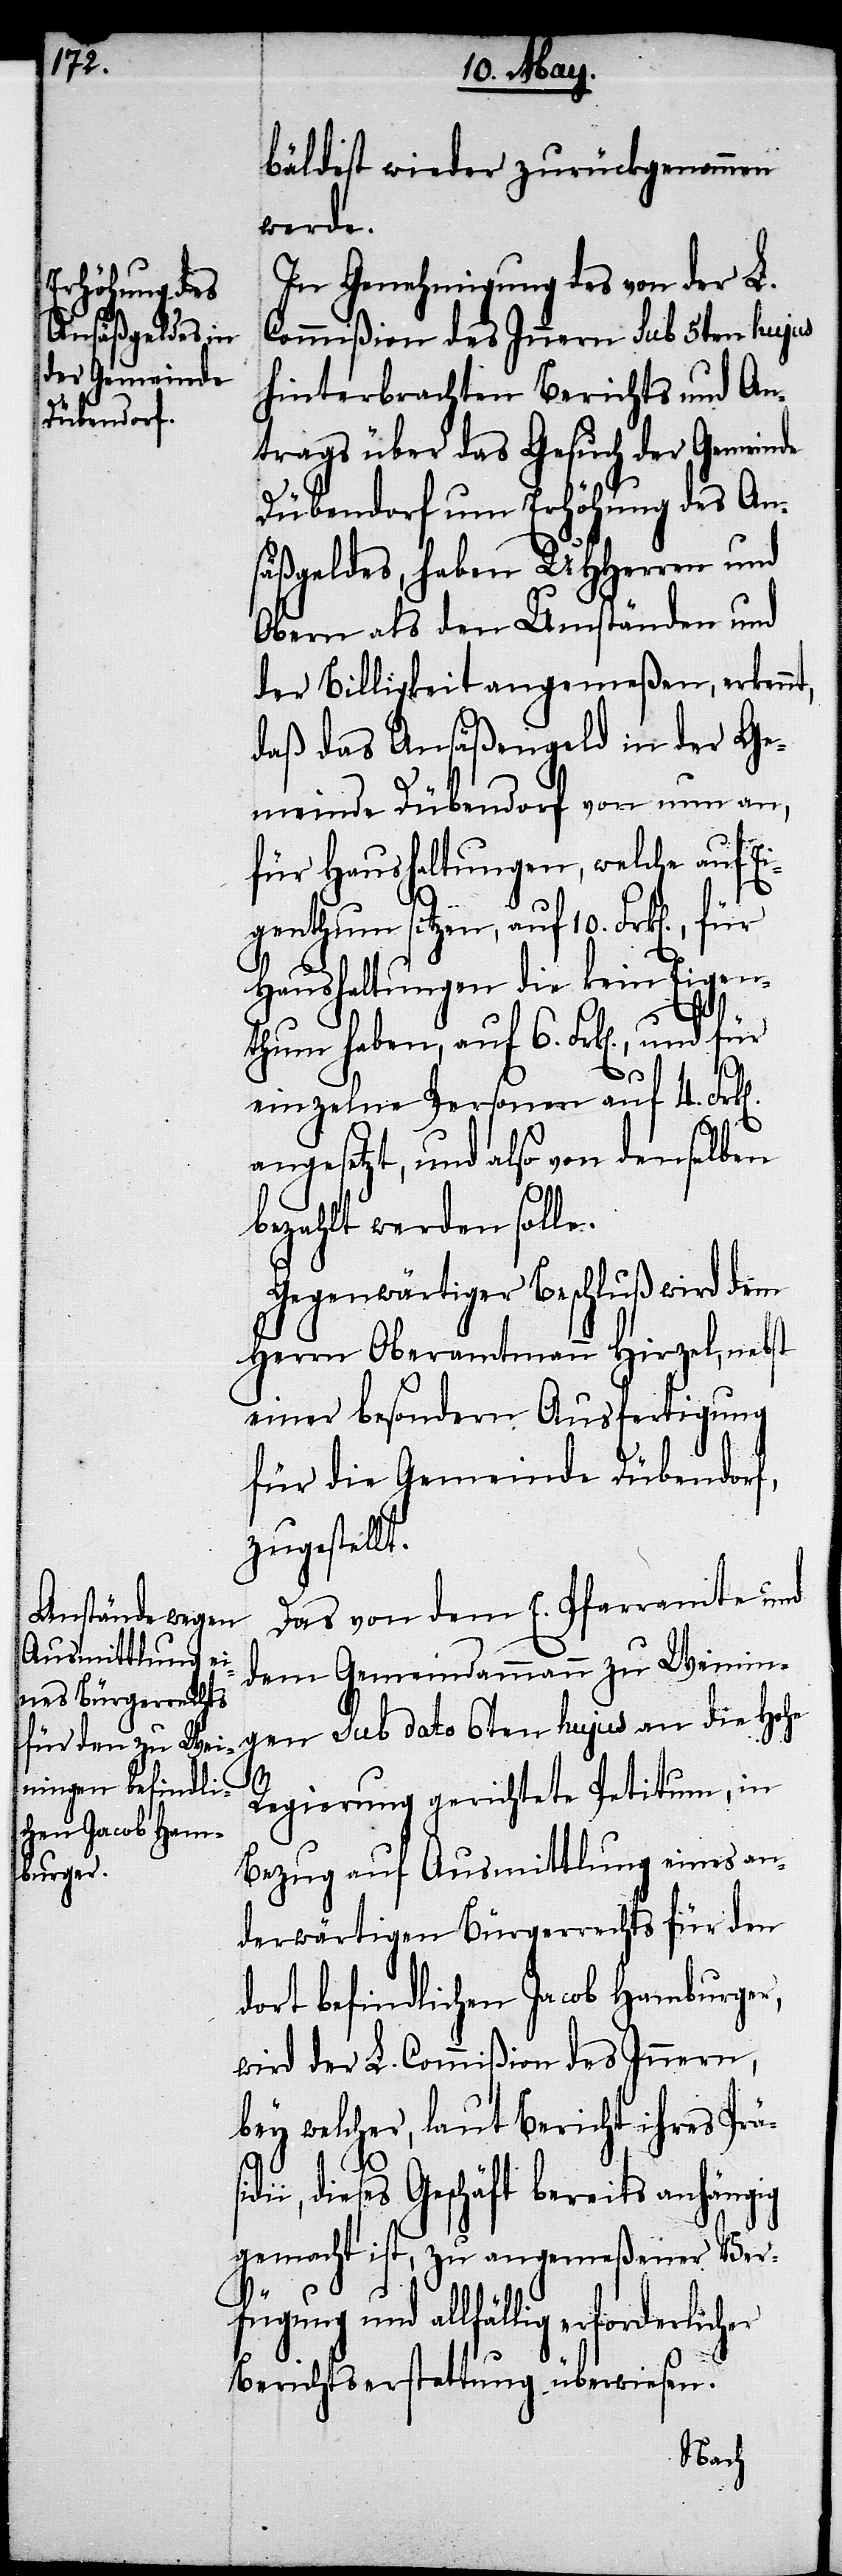
bäldest wieder zurückgenommen
werde.
In Genehmigung des von der L.
Commißion des Innern sub 5ten hujus
hinterbrachten Berichts und An¬
trags über das Gesuch der Gemeinde
Dübendorf um Erhöhung des An¬
säßgeldes, haben UHHerren und
Obern als den Umständen und
der Billigkeit angemeßen, erkenn¬
daß das Ansäßengeld in der Ge¬
meinde Dübendorf von nun an,
für Haushaltungen, welche auf Ei¬
genthum sitzen, auf 10. Frk[en].,
Haushaltungen die kein Eigen¬
thum haben, auf 6. Frk[en]., und
einzelne Personen auf 4. Frk[e¬
n].
angesetzt, und also von denselben
bezahlt werden solle.
Gegenwärtiger Beschluß wird dem
Herrn Oberamtmann Hirzel, nebst
einer besondern Ausfertigung
für die Gemeinde Dübendorf,
zugestellt.
Das von dem E. Pfarramte und
dem Gemeindammann zu Weinin¬
gen sub dato 6ten hujus an die Hohe
Regierung gerichtete Petitum, in
Bezug auf Ausmittlung eines an¬
derwärtigen Bürgerrechts für den
dort befindlichen Jacob Hamburger,
wird der L. Commißion des Innern,
bey welcher, laut Bericht ihres Prä¬
fü¬
ii, dieses Geschäft bereits anhängig
gemacht ist, zu angemeßener Ver¬
gung und allfällig erforderlicher
Berichtserstattung überwiesen.